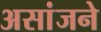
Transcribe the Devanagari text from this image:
असांजने